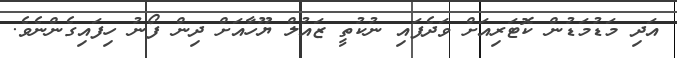
އަދި މަޑުމަޑުން ކޮޓަރިއަށް ވަދެފައި ނުކުތީ ޒައުލް ޔޫހާއަށް ދިން ފޯނު ހިފައިގެންނެވެ.